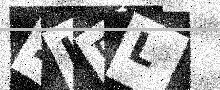
Text: 2HDL